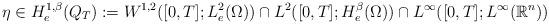
LaTeX: \begin{align*}\eta \in H_{e}^{1,\beta}(Q_{T}) := W^{1,2}([0,T];L_{e}^{2}(\Omega)) \cap L^{2}([0,T];H_{e}^{\beta}(\Omega))\cap L^{\infty}([0,T];L^{\infty}(\mathbb{R}^{n}))\end{align*}